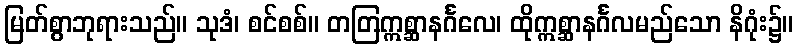
မြတ်စွာဘုရားသည်။ သုဒံ၊ စင်စစ်။ တတြဣစ္ဆာနင်္ဂလေ၊ ထိုဣစ္ဆာနင်္ဂလမည်သော နိဂုံး၌။